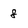
Character: 8